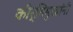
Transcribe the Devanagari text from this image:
कीर्तिमुखांनी